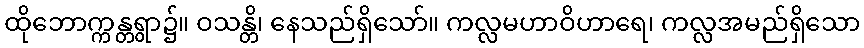
ထိုဘောက္ကန္တရွာ၌။ ဝသန္တိ၊ နေသည်ရှိသော်။ ကလ္လမဟာဝိဟာရေ၊ ကလ္လအမည်ရှိသော